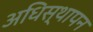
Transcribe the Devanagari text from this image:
अधिस्थापन